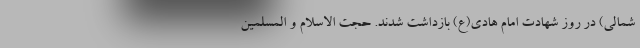
شمالی) در روز شهادت امام هادی(ع) بازداشت شدند. حجت الاسلام و المسلمین